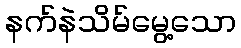
နက်နဲသိမ်မွေ့သော